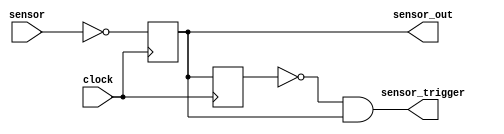
// This program was cloned from: https://github.com/chriz2600/time-sleuth
// License: MIT License

module sensor(
    input clock,
    input sensor,
    output reg sensor_out,
    output sensor_trigger
);

    reg prev_sensor_input = 0;
    
    always @(posedge clock) begin
        sensor_out <= ~sensor;
        prev_sensor_input <= sensor_out;
    end

    assign sensor_trigger = (~prev_sensor_input && sensor_out);

endmodule